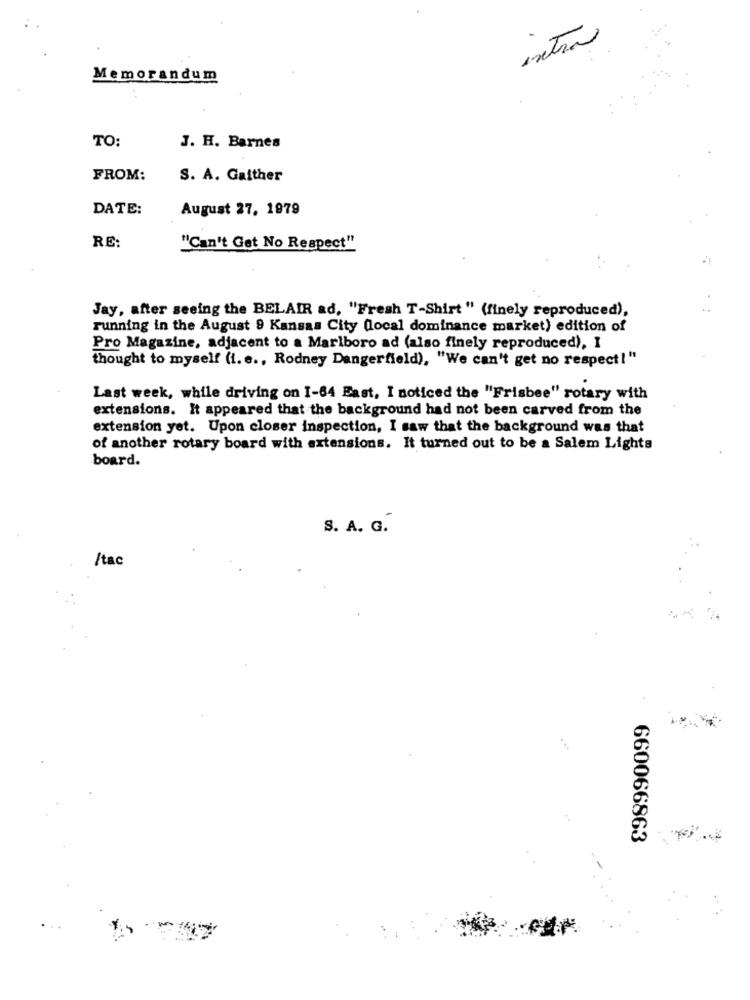
extra
Memorandum
TO:
J. H. Barnes
FROM:
S. A. Gaither
DATE:
August 27, 1979
RE:
"Can't Get No Respect"
Jay, after seeing the BELAIR ad, "Fresh T-Shirt " (finely reproduced),
running in the August 9 Kansas City (local dominance market) edition of
Pro Magazine, adjacent to a Marlboro ad (also finely reproduced), I
thought to myself (i. e ., Rodney Dangerfield), "We can't get no respect!"
Last week, while driving on 1-64 East, I noticed the "Frisbee" rotary with
extensions. It appeared that the background had not been carved from the
extension yet. Upon closer inspection, I saw that the background was that
of another rotary board with extensions. It turned out to be a Salem Lights
board.
S. A. G.
/tac
660066863